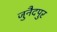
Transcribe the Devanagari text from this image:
जुनैदपुर